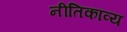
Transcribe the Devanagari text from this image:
नीतिकाव्य